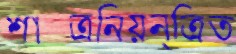
শাস্ত্রনিয়ন্ত্রিত